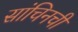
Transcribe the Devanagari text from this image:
सांचिनची